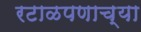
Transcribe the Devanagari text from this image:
रटाळपणाच्या